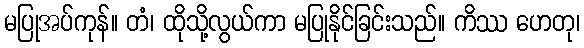
မပြုအပ်ကုန်။ တံ၊ ထိုသို့လွယ်ကာ မပြုနိုင်ခြင်းသည်။ ကိဿ ဟေတု၊